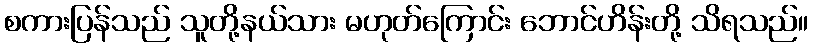
စကားပြန်သည် သူတို့နယ်သား မဟုတ်ကြောင်း ဘောင်ဟိန်းတို့ သိရသည်။